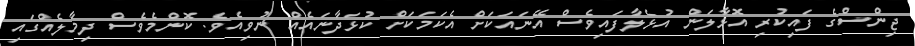
ޖިންސްގެ ފައިކުރި އޮޅާލަން އުޅެލާފައިވެސް އޭނައަކަށް އެކަމަކަށް ކުޅަދާނައެއް ނުވިއެވެ. ކޮންމެވެސް ދިމާލެއްގައި